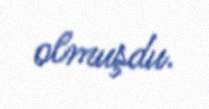
olmuşdu.